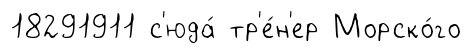
18291911 с'юда́ тр'е́н'ер Морско́го